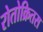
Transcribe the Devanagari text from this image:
रोतोक्रितस